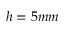
h = 5 m m